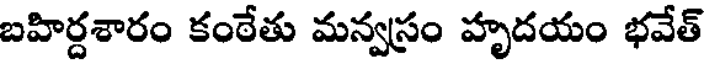
బహిర్దశారం కంఠేతు మన్వస్రం హృదయం భవేత్